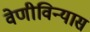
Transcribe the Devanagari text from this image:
वेणीविन्यास